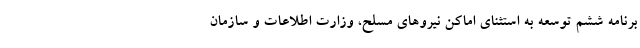
برنامه ششم توسعه به استثنای اماکن نیروهای مسلح، وزارت اطلاعات و سازمان